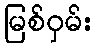
မြစ်ဝှမ်း